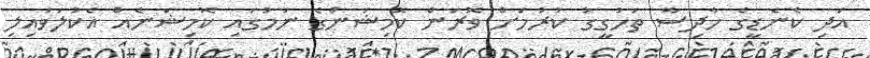
އަދި ކެނެޑީގެ ހާދިސާ ތަހުގީގު ކުރުމަށް ވޮރަން ކޮމިޝަންގެ ނަމުގައި ކޮމިޝަނެއް އެކުލަވައިލި